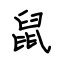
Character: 鼠